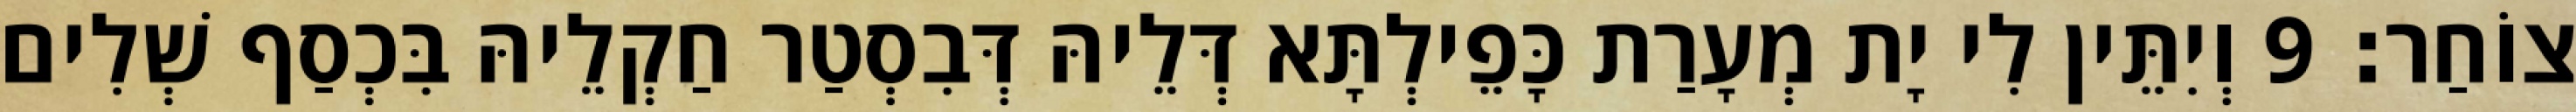
צוֹחַר׃ 9 וְיִתֵּין לִי יָת מְעָרַת כָּפֵילְתָּא דְּלֵיהּ דְּבִסְטַר חַקְלֵיהּ בִּכְסַף שְׁלִים